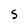
Character: S